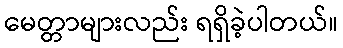
မေတ္တာများလည်း ရရှိခဲ့ပါတယ်။